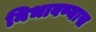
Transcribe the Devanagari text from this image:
निभावण्यास